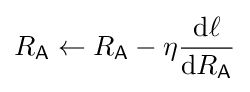
R_{\mathsf {A}}\leftarrow R_{\mathsf {A}}-\eta {\frac {{\textrm {d}}\ell }{{\textrm {d}}R_{\mathsf {A}}}}